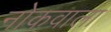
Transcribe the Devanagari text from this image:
नोकवाला